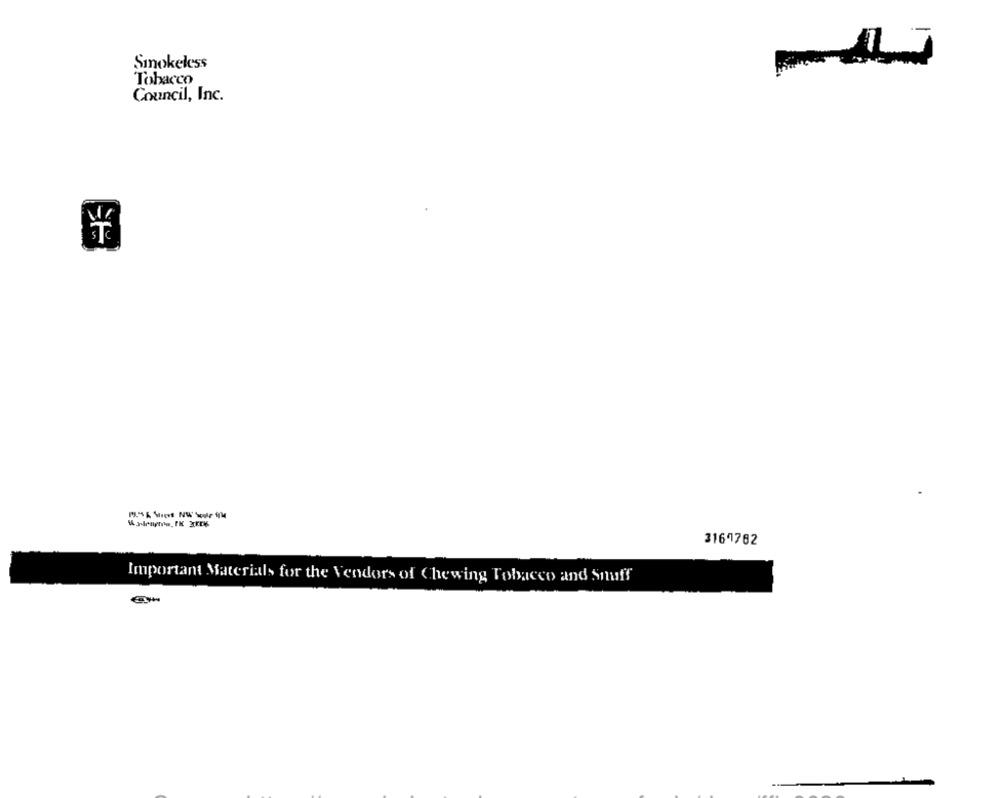
Smokeless
Tobacco
Council, Inc.
3169782
Important Materials for the Vendors of Chewing Tobacco and Smuff